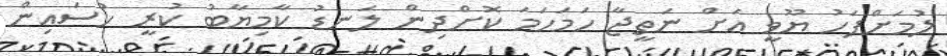
ލުމަށްފަހު ޔޫވީ އަށް ނަތީޖާ ހަމަހަމަ ކޮށްދިން ލަނޑު ކާމިޔާބު ކުރީ ހުސައިން